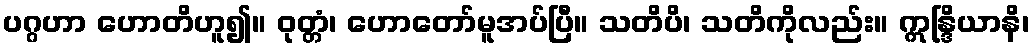
ပဂ္ဂဟာ ဟောတိဟူ၍။ ဝုတ္တံ၊ ဟောတော်မူအပ်ပြီ။ သတိပိ၊ သတိကိုလည်း။ ဣန္ဒြိယာနိ၊